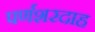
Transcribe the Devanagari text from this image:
पर्णशरदाह